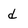
Character: d